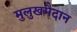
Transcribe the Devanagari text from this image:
मुलुखमैदान